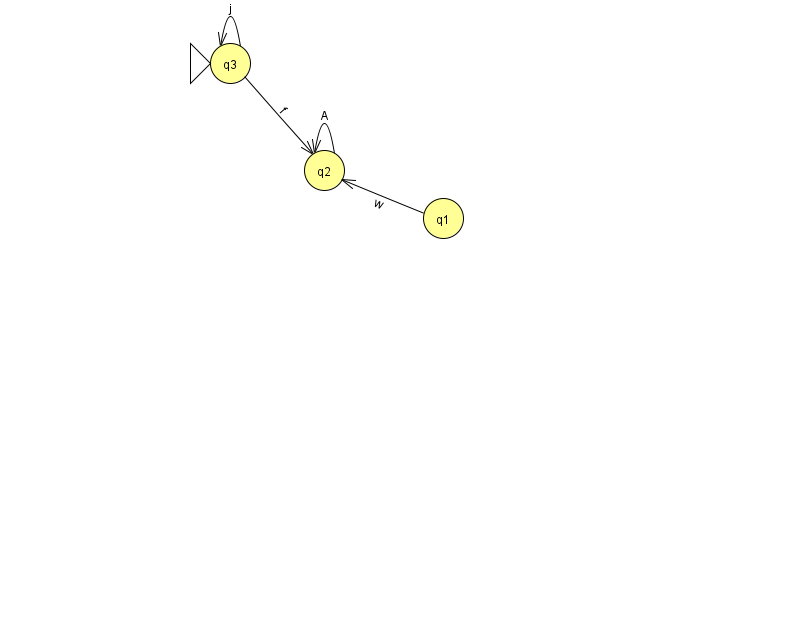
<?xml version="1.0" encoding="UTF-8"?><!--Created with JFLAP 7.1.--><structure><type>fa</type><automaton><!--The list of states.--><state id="1" name="q1"><x>443.0</x><y>205.0</y></state><state id="2" name="q2"><x>324.0</x><y>157.0</y></state><state id="3" name="q3"><x>230.0</x><y>50.0</y><initial/></state><!--The list of transitions.--><transition><from>2</from><to>2</to><read>A</read></transition><transition><from>3</from><to>2</to><read>f</read></transition><transition><from>3</from><to>3</to><read>j</read></transition><transition><from>1</from><to>2</to><read>w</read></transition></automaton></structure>